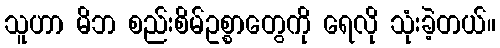
သူဟာ မိဘ စည်းစိမ်ဥစ္စာတွေကို ရေလို သုံးခဲ့တယ်။